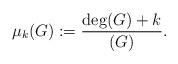
LaTeX: \begin{align*}\mu_k(G) := \frac{\deg(G)+k}{(G)}.\end{align*}